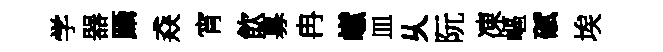
学器躡猋宵飲募冉𪩘皿乆阮凍嶇碔埃